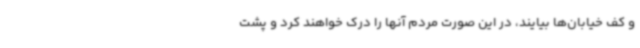
و کف خیابان‌ها بیایند، در این صورت مردم آنها را درک خواهند کرد و پشت